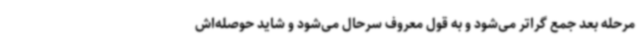
مرحله بعد جمع گراتر می‌شود و به قول معروف سرحال می‌شود و شاید حوصله‌اش